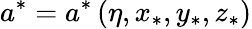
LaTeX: a^{\ast}=a^{\ast}\left(\eta,x_{\ast},y_{\ast},z_{\ast}\right)